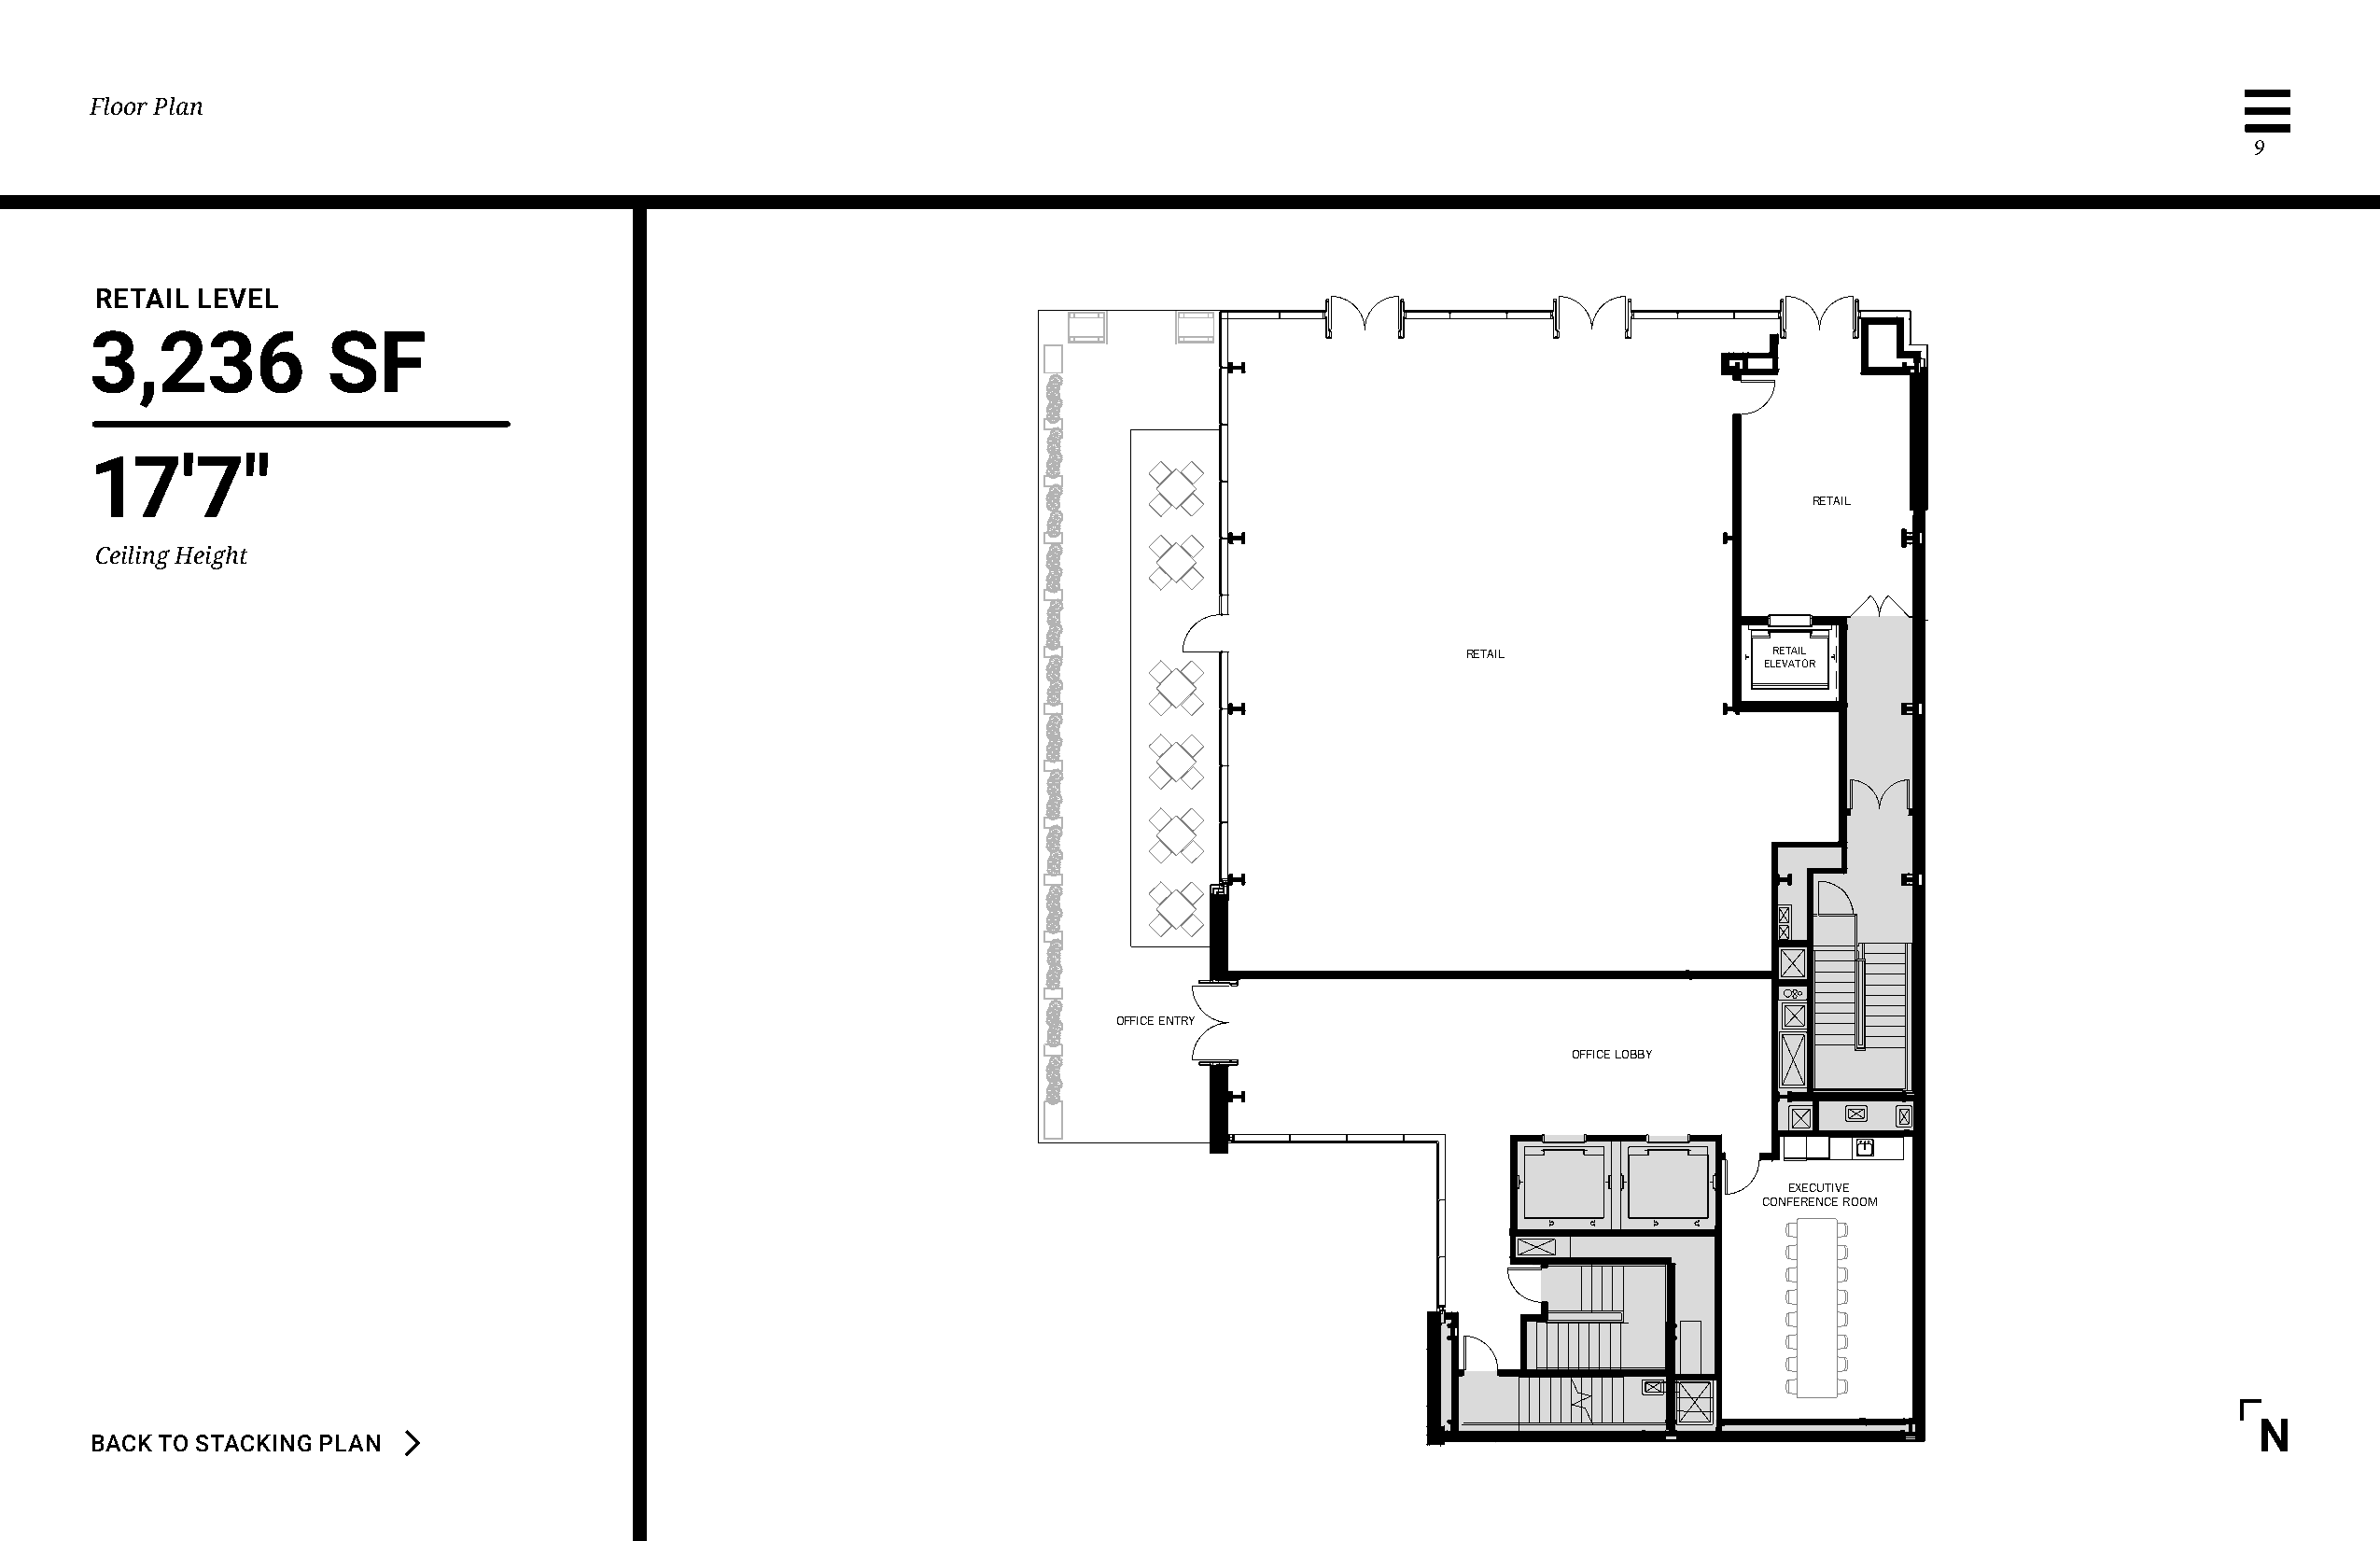
Floor Plan
 9
 NOTSUOH TSAE
 RETAIL LEVEL
 3,236            SF
 17'7"
 RETAIL
 Ceiling Height
 RETAIL                RETAIL
 ELEVATOR
 OFFICE ENTRY
 OFFICE LOBBY
 EXECUTIVE
 CONFERENCE ROOM
 N
 BACK TO STACKING PLAN
 04
 01
 0
 02
 5
 NALP
 ROOLF
 81.11.70:ETAD
 4-PS
 50584
 :ON
 TCEJORP
 LEVEL
 DNUORG
 |
 TEERTS
 NOTSUOH
 TSAE
 141
 STN:ELACS
 MOC.SETAICOSSANGISEDRB.WWW
 0691.096.64663001
 YN
 ,KROY
 WEN
 | 205
 ETIUS
 ,EUNEVA
 HTNIN
 036
 CLL
 ,SETAICOSSA
 NGISED
 RB